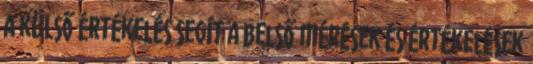
A külső értékelés segít a belső mérések és értékelések